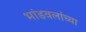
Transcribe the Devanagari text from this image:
भांडवलांच्या